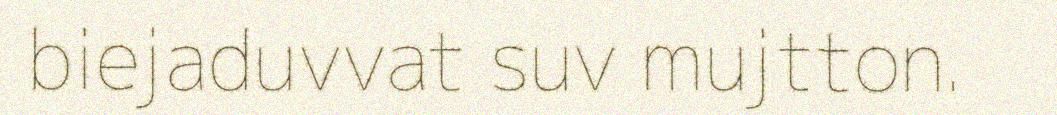
biejaduvvat suv mujtton.